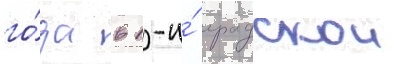
го́да в 1-и́ градскои